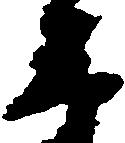
辛